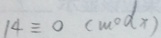
1 4 \equiv 0 ( m o d x )